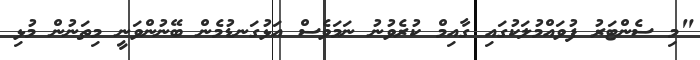
"މި ސެންޓަރު ފުވައްމުލަކުގައި ގާއިމް ކުރެވުނު ނަމަވެސް އަޅުގަނޑުމެން ބޭނުންވަނީ މިތަނުން މުޅި